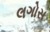
લગોસ